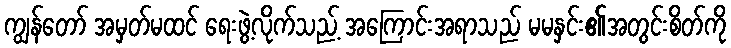
ကျွန်တော် အမှတ်မထင် ရေးဖွဲ့လိုက်သည့် အကြောင်းအရာသည် မမနှင်း၏အတွင်းစိတ်ကို